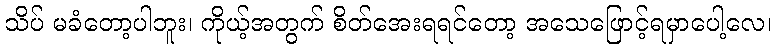
သိပ် မခံတော့ပါဘူး၊ ကိုယ့်အတွက် စိတ်အေးရရင်တော့ အသေဖြောင့်ရမှာပေါ့လေ၊